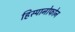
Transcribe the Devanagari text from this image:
हिस्पानोफोन